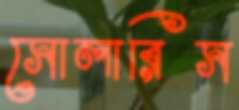
সোলারিস